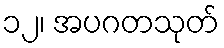
၁၂၊ အပဂတသုတ်